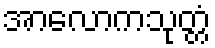
အာလောကသုတ္တံ